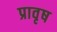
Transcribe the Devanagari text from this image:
प्रावृष